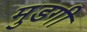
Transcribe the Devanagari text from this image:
मुडगी